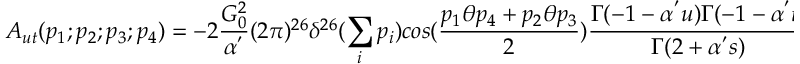
A _ { u t } ( p _ { 1 } ; p _ { 2 } ; p _ { 3 } ; p _ { 4 } ) = - 2 \frac { G _ { 0 } ^ { 2 } } { \alpha ^ { ' } } ( 2 \pi ) ^ { 2 6 } \delta ^ { 2 6 } ( \sum _ { i } p _ { i } ) c o s ( \frac { p _ { 1 } \theta p _ { 4 } + p _ { 2 } \theta p _ { 3 } } { 2 } ) \frac { \Gamma ( - 1 - \alpha ^ { ' } u ) \Gamma ( - 1 - \alpha ^ { ' } t ) } { \Gamma ( 2 + \alpha ^ { ' } s ) }